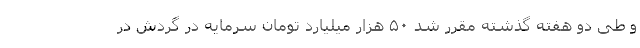
و طی دو هفته گذشته مقرر شد ۵۰ هزار میلیارد تومان سرمایه در گردش در